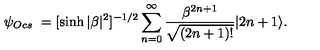
\psi _ { O c s } \ = [ \sinh { | \beta | ^ { 2 } } ] ^ { - 1 / 2 } \sum _ { n = 0 } ^ { \infty } \frac { \beta ^ { 2 n + 1 } } { \sqrt { ( 2 n + 1 ) ! } } | 2 n + 1 \rangle .